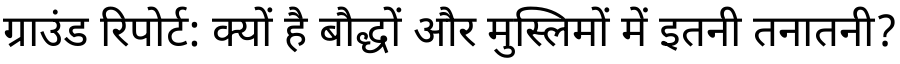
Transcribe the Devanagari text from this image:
ग्राउंड रिपोर्ट: क्यों है बौद्धों और मुस्लिमों में इतनी तनातनी?